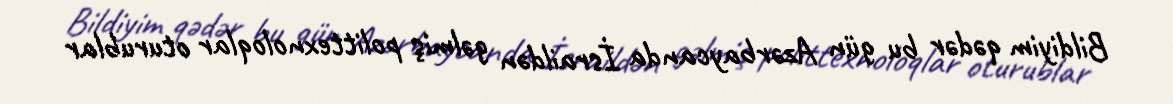
Bildiyim qədər bu gün Azərbaycanda İsraildən gəlmiş polittexnoloqlar oturublar